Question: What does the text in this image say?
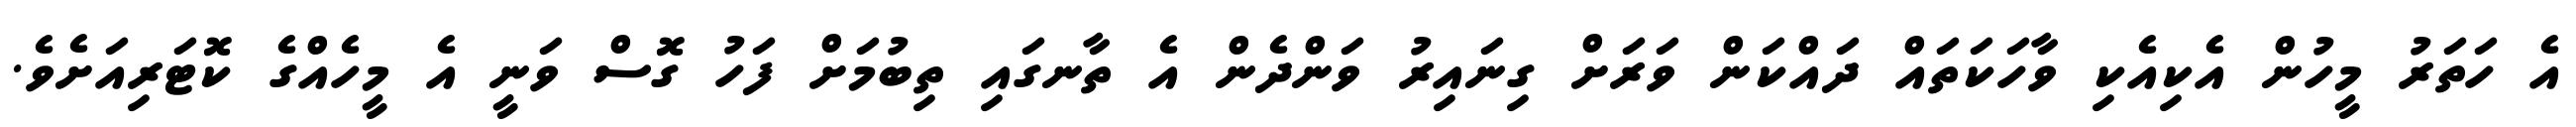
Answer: އެ ހަތަރު މީހުން އެކިއެކި ވާހަކަތައް ދައްކަން ވަރަށް ގިނައިރު ވަންދެން އެ ތާނގައި ތިބުމަށް ފަހު ގޮސް ވަނީ އެ މީހެއްގެ ކޮޓަރިއަށެވެ.